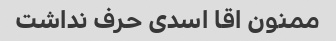
ممنون اقا اسدی حرف نداشت